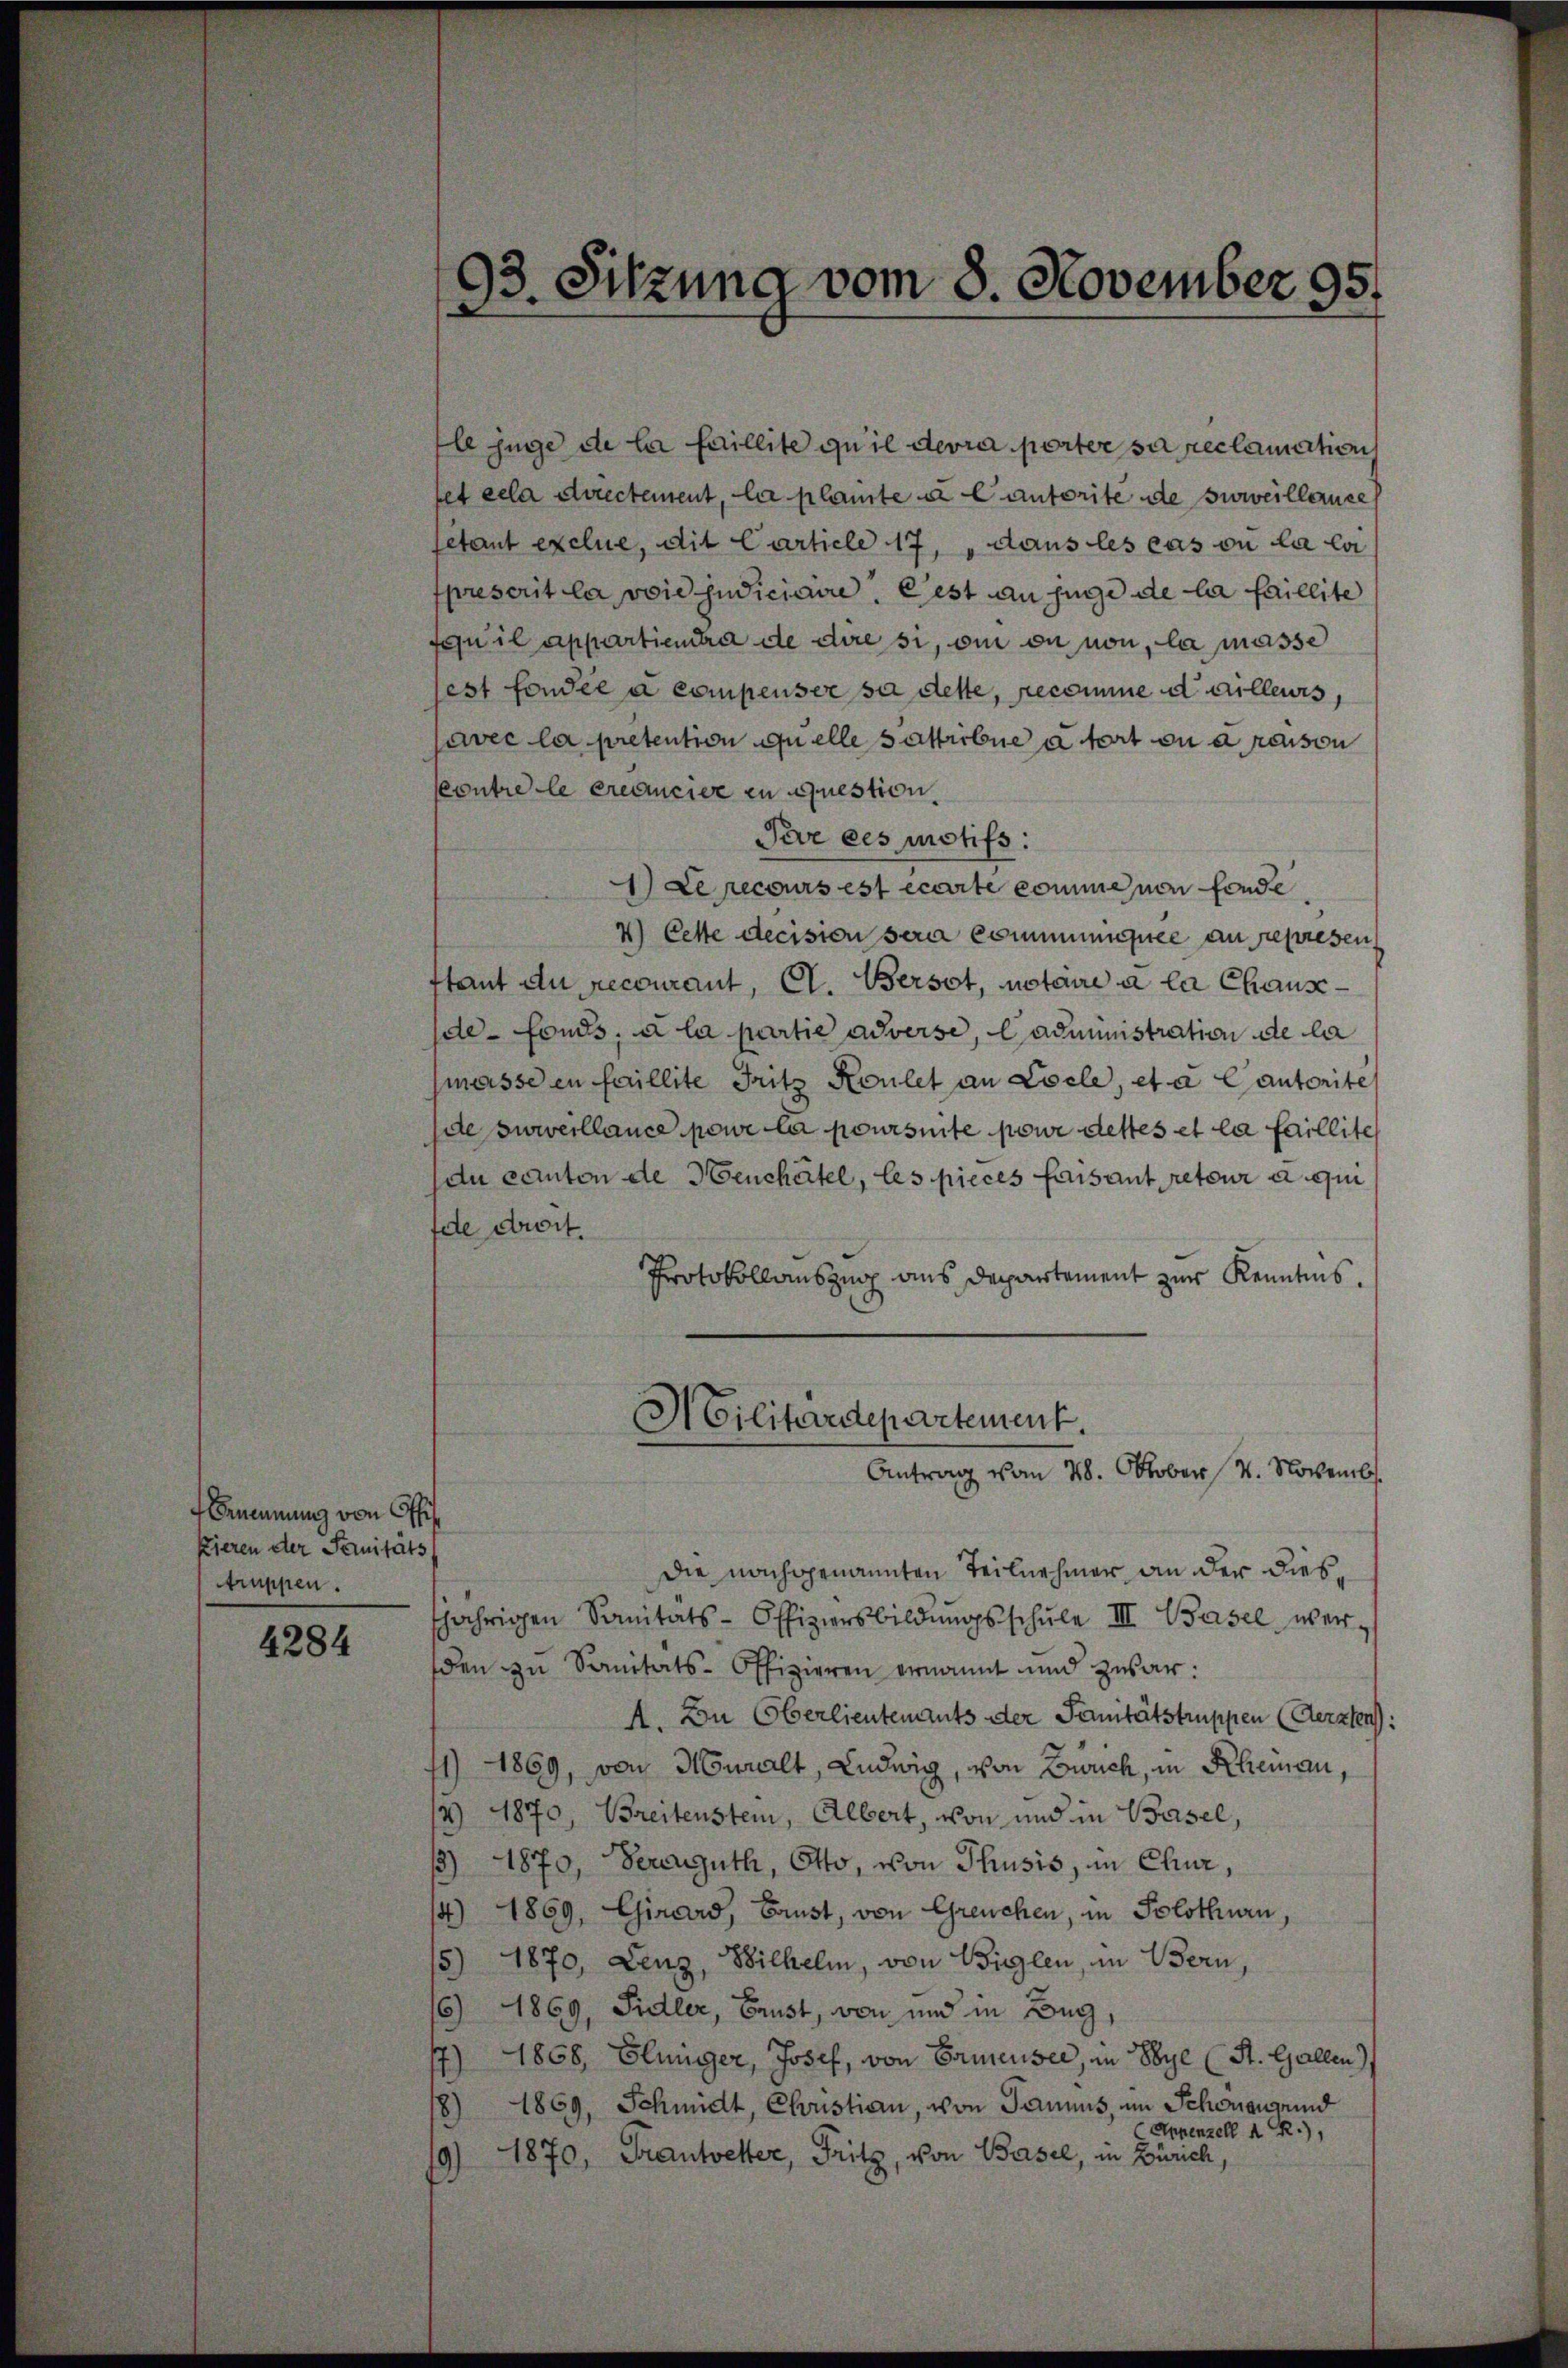
Benennung von Offi
kieren der Fernitäts
truppen.

4284

93. Sitzung vom 8. November 95.

le juge de la faillite qu’il devra perter sa reclamation
fet cela directement, la plante u. Cantorite de soweillance
etant exclue, dit Carticle 17, „dans les cas ou la ca
prescrit la voie judiciaire. Pest au juge de la faillite
fquil appartienta de die si, ein ou non, la masse
est fondée a compensee sa dette, recomme dailleurs,
Javec la pretention quelle sattribue à fort ou à raison
contre le créancier in question
Pere ces motifs.
1) Le recours est écarte comme von fonde
4) Cette decision sera commissee an represen,
stant du recourant, C. Bersot, notaire à la Chausde fonds, à la partie adverse, Cadministration de la
masse en faillite Fritz Koulet an Locle, et a Cautorites
de surveillance pour la poursuite pour destes et la faillite
du canton de Heuchâtel, les pieces faisant retour a qui
fde droit.
Protokollauszug aus Departement zur Kenntnis.
Militärdepartement.
Antrag vom 28. Oktober 4. Novemb.
Die nachgenannten Teilnehmer an der diesfjährigen Sanitäts-Offiziersbildŭngsschŭle III. Basel werden zu Sanitäts-Offizieren ernannt und zwar:
A. Du Oberlieutenants der Sanitätstruppen (Aerzten:
71) 1869, von Muralt, Ludwig, von Bruch, in Rheman,
4) 1870, Breitenstein, Albert, von und in Basel,
/3) 1870, Beragguth, Otto, von Thusis, in Chur,
4) 1869, Girard, Brust, von Greuchen, in Solothurn,
5) 1870, Lenz, Wilhelm, von Bielen, in Bern,
6) 1869, Sidler, Brust, von und in Beg,
17.) 1808, Elinger, Josef, von Ermeuser, in Sye (St. Gallen)
8) 1869, Schmidt, Christian, von Saums, im Schonensend
Appenzell A. R.),
1870, Frantetter, Fritz, von Basel, in Zürich,
)